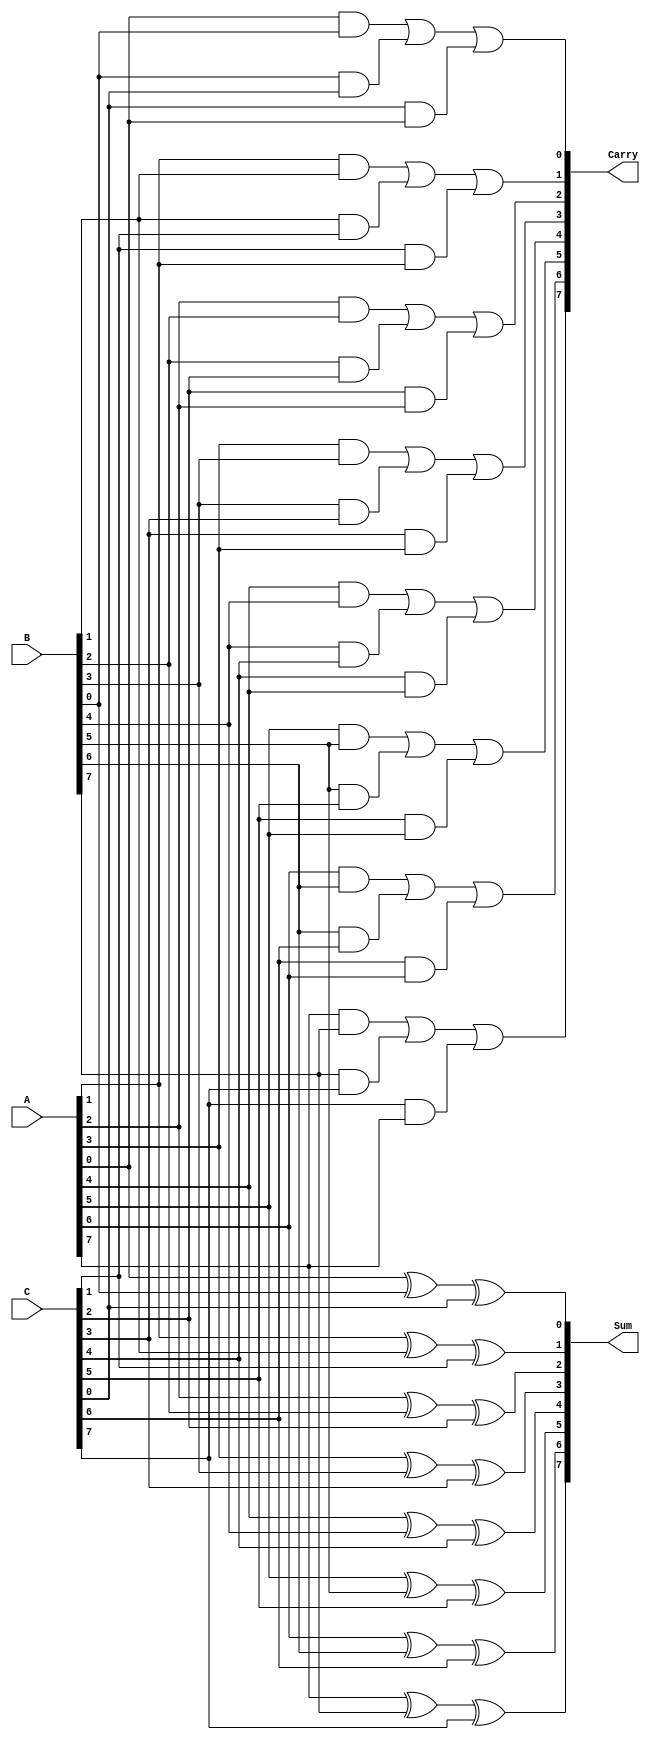
module carry_save_adder #(
    parameter N = 8  // Parameter to set the bit width of inputs and outputs
)(
    input  [N-1:0] A, // First operand
    input  [N-1:0] B, // Second operand
    input  [N-1:0] C, // Third operand
    output [N-1:0] Sum, // Sum output
    output [N-1:0] Carry // Carry output
);

    // Generate the Sum and Carry outputs
    genvar i;
    generate
        for (i = 0; i < N; i = i + 1) begin : csa_bit
            assign Sum[i] = A[i] ^ B[i] ^ C[i]; // Bit-wise sum using XOR
            assign Carry[i] = (A[i] & B[i]) | (B[i] & C[i]) | (C[i] & A[i]); // Carry calculation
        end
    endgenerate

endmodule